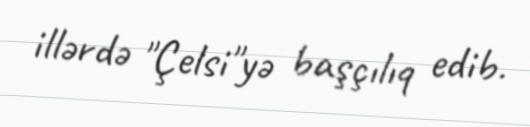
illərdə "Çelsi"yə başçılıq edib.